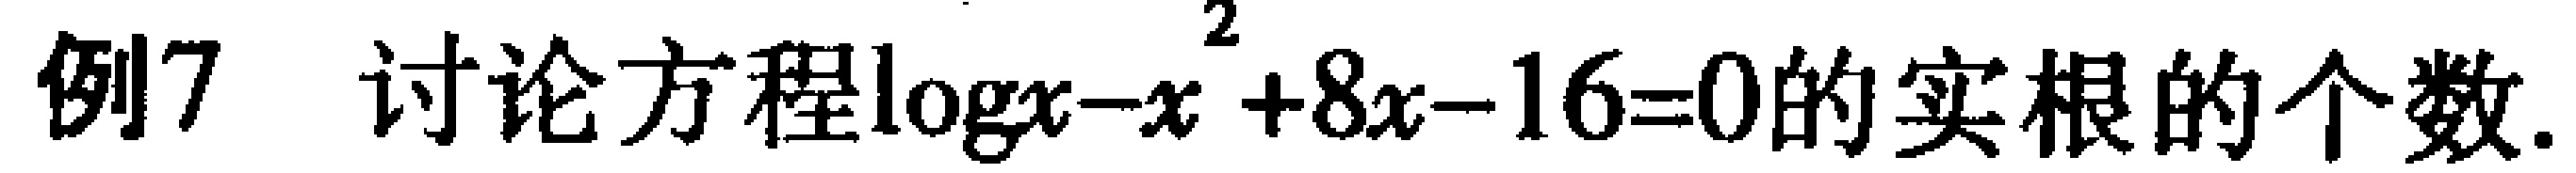
例7 讨论方程\(\log x - x^{2}+8x - 16 = 0\)的实根的个数.